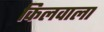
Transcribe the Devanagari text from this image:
किलवाला